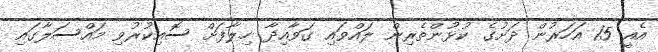
އެއީ 15 އަހަރުން ދަށުގެ ކުޅުންތެރިން ލައްވައި ގަވާއިދާ ހިލާފަށް ސޮއިކުރުވި މައްސަލާގައި